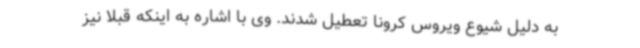
به دلیل شیوع ویروس کرونا تعطیل شدند. وی با اشاره به اینکه قبلاً نیز